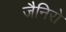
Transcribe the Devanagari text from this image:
जैनिरो